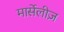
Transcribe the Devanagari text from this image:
मार्सेलीज़